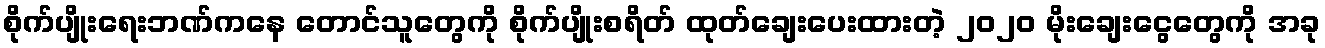
စိုက်ပျိုးရေးဘဏ်ကနေ တောင်သူတွေကို စိုက်ပျိုးစရိတ် ထုတ်ချေးပေးထားတဲ့ ၂၀၂၀ မိုးချေးငွေတွေကို အခု